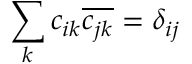
\sum _ { k } c _ { i k } \overline { { c _ { j k } } } = \delta _ { i j }